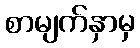
စာမျက်နှာမှ